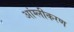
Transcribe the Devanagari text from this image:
आंग्लीकरण